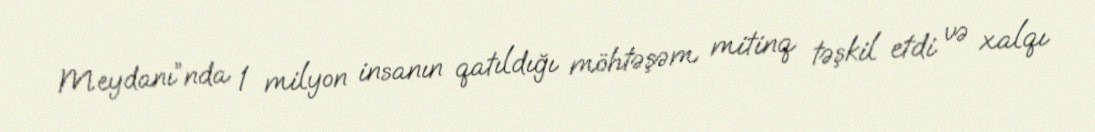
Meydanı”nda 1 milyon insanın qatıldığı möhtəşəm mitinq təşkil etdi və xalqı